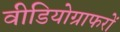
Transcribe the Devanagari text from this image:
वीडियोग्राफरों